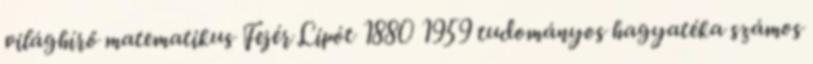
világhírő matematikus Fejér Lipót 1880 1959 tudományos hagyatéka számos